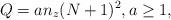
LaTeX: \begin{align*} Q=an_z(N+1)^2,a\geq 1, \end{align*}